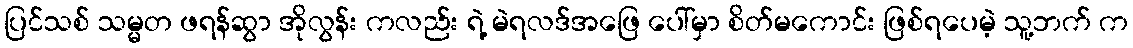
ပြင်သစ် သမ္မတ ဖရန်ဆွာ အိုလွန်း ကလည်း ရဲ့ မဲရလဒ်အဖြေ ပေါ်မှာ စိတ်မကောင်း ဖြစ်ရပေမဲ့ သူ့ဘက် က